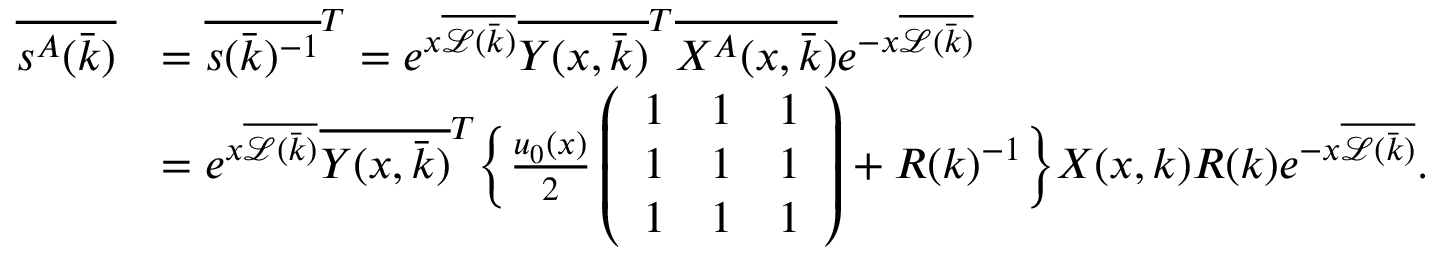
\begin{array} { r l } { \overline { { s ^ { A } ( \bar { k } ) } } } & { = \overline { { s ( \bar { k } ) ^ { - 1 } } } ^ { T } = e ^ { x \overline { { \mathcal { L } ( \bar { k } ) } } } \overline { { Y ( x , \bar { k } ) } } ^ { T } \overline { { X ^ { A } ( x , \bar { k } ) } } e ^ { - x \overline { { \mathcal { L } ( \bar { k } ) } } } } \\ & { = e ^ { x \overline { { \mathcal { L } ( \bar { k } ) } } } \overline { { Y ( x , \bar { k } ) } } ^ { T } \bigg \{ \frac { u _ { 0 } ( x ) } { 2 } \left( \begin{array} { l l l } { 1 } & { 1 } & { 1 } \\ { 1 } & { 1 } & { 1 } \\ { 1 } & { 1 } & { 1 } \end{array} \right) + R ( k ) ^ { - 1 } \bigg \} X ( x , k ) R ( k ) e ^ { - x \overline { { \mathcal { L } ( \bar { k } ) } } } . } \end{array}